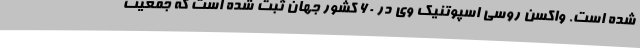
شده است. واکسن روسی اسپوتنیک وی در ۶۰ کشور جهان ثبت شده است که جمعیت